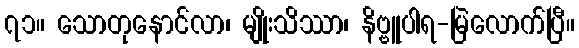
၇၁။ သောတုနောင်လာ၊ မျိုးသိဿာ၊ နိဗ္ဗူပါရ-မြဲလောက်ပြီ။